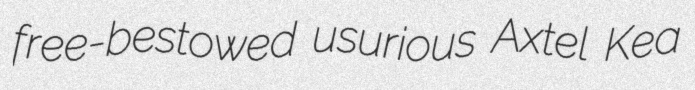
free-bestowed usurious Axtel Kea